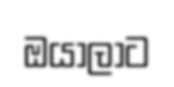
ඔයාලාට